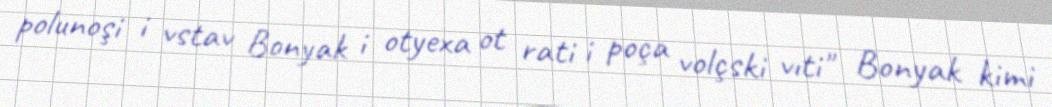
polunoşi i vstav Bonyak i otyexa ot rati i poça volçski vıti" Bonyak kimi